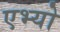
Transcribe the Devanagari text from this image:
एभ्यो